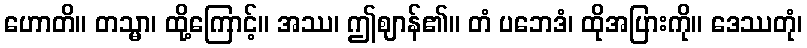
ဟောတိ။ တသ္မာ၊ ထို့ကြောင့်။ အဿ၊ ဤဈာန်၏။ တံ ပဘေဒံ၊ ထိုအပြားကို။ ဒေဿတုံ၊